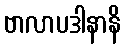
ဗာလာပဒါနာနိ